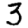
Digit: 3